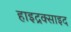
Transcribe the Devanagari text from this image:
हाइद्रक्साइद